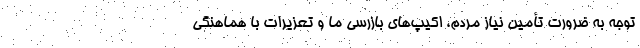
توجه به ضرورت تأمین نیاز مردم، اکیپ‌های بازرسی ما و تعزیرات با هماهنگی